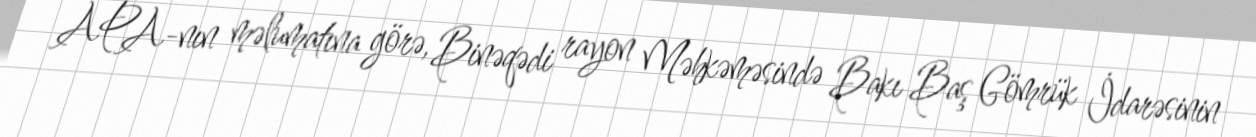
APA-nın məlumatına görə, Binəqədi rayon Məhkəməsində Bakı Baş Gömrük İdarəsinin